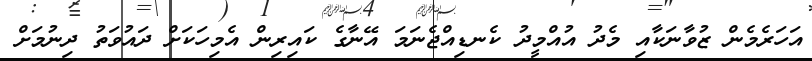
އަހަރެމެން ޒުވާނަކާއި މެދު އުއްމީދު ކެނޑިއްޖެނަމަ އޭނާގެ ކައިރިން އެމިހަކަށް ދައުވަތު ދިނުމަށް